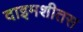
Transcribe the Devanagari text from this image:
दाइमशीतस